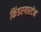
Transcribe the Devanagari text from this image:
किंडरगारटेन